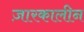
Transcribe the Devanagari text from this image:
ज़ारकालीन